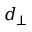
d _ { \perp }